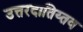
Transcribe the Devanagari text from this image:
उत्तरदातिय्तव